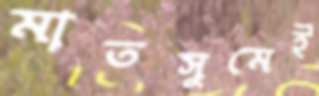
মাতসুমেই